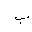
Letter: _ba